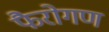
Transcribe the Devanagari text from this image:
फैरोगण